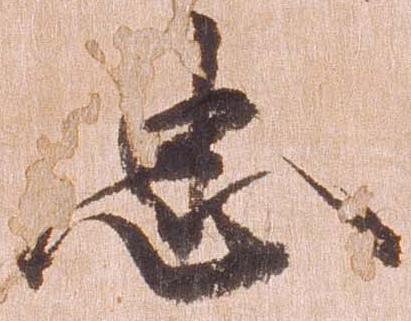
忠